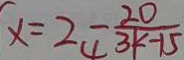
x = 2 _ { 4 } - \frac { 2 0 } { 3 k - 1 5 }